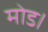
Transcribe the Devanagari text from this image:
मोड।